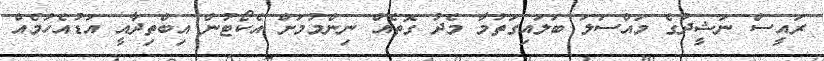
ރައީސް ނަޝީދުގެ މައްސަލަ ބަލައިގަތުމާ މެދު ގޮތެއް ނިންމުމަށް އެކޯޓުން އިބްތިދާއީ އަޑުއެހުމެއް